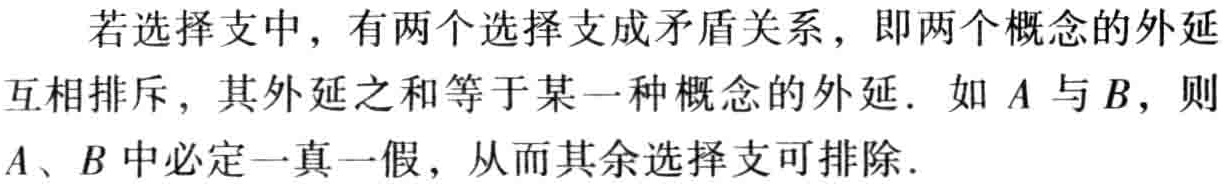
若选择支中，有两个选择支成矛盾关系，即两个概念的外延互相排斥，其外延之和等于某一种概念的外延. 如\(A\)与\(B\)，则\(A、B\)中必定一真一假，从而其余选择支可排除.